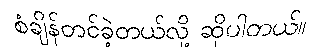
စံချိန်တင်ခဲ့တယ်လို့ ဆိုပါတယ်။